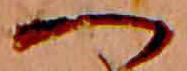
へ